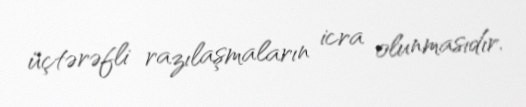
üçtərəfli razılaşmaların icra olunmasıdır.